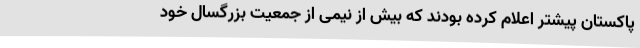
پاکستان پیشتر اعلام کرده بودند که بیش از نیمی از جمعیت بزرگسال خود